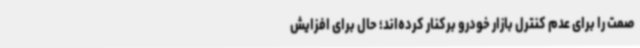
صمت را برای عدم کنترل بازار خودرو برکنار کرده‌اند؛ حال برای افزایش